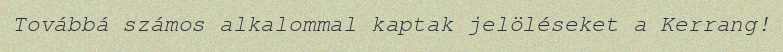
Továbbá számos alkalommal kaptak jelöléseket a Kerrang!